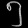
Digit: ၅